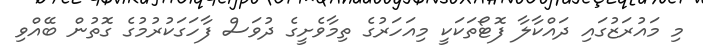
މި މައުރަޒުގައި ދައްކާލާ ފޮޓޯތަކަކީ މިއަހަރުގެ ތިމާވެށީގެ ދުވަސް ފާހަގަކުރުމުގެ ގޮތުން ބޭއްވި